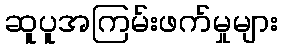
ဆူပူအကြမ်းဖက်မှုများ